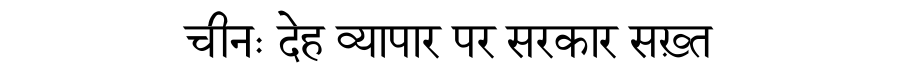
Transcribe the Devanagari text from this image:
चीनः देह व्यापार पर सरकार सख़्त